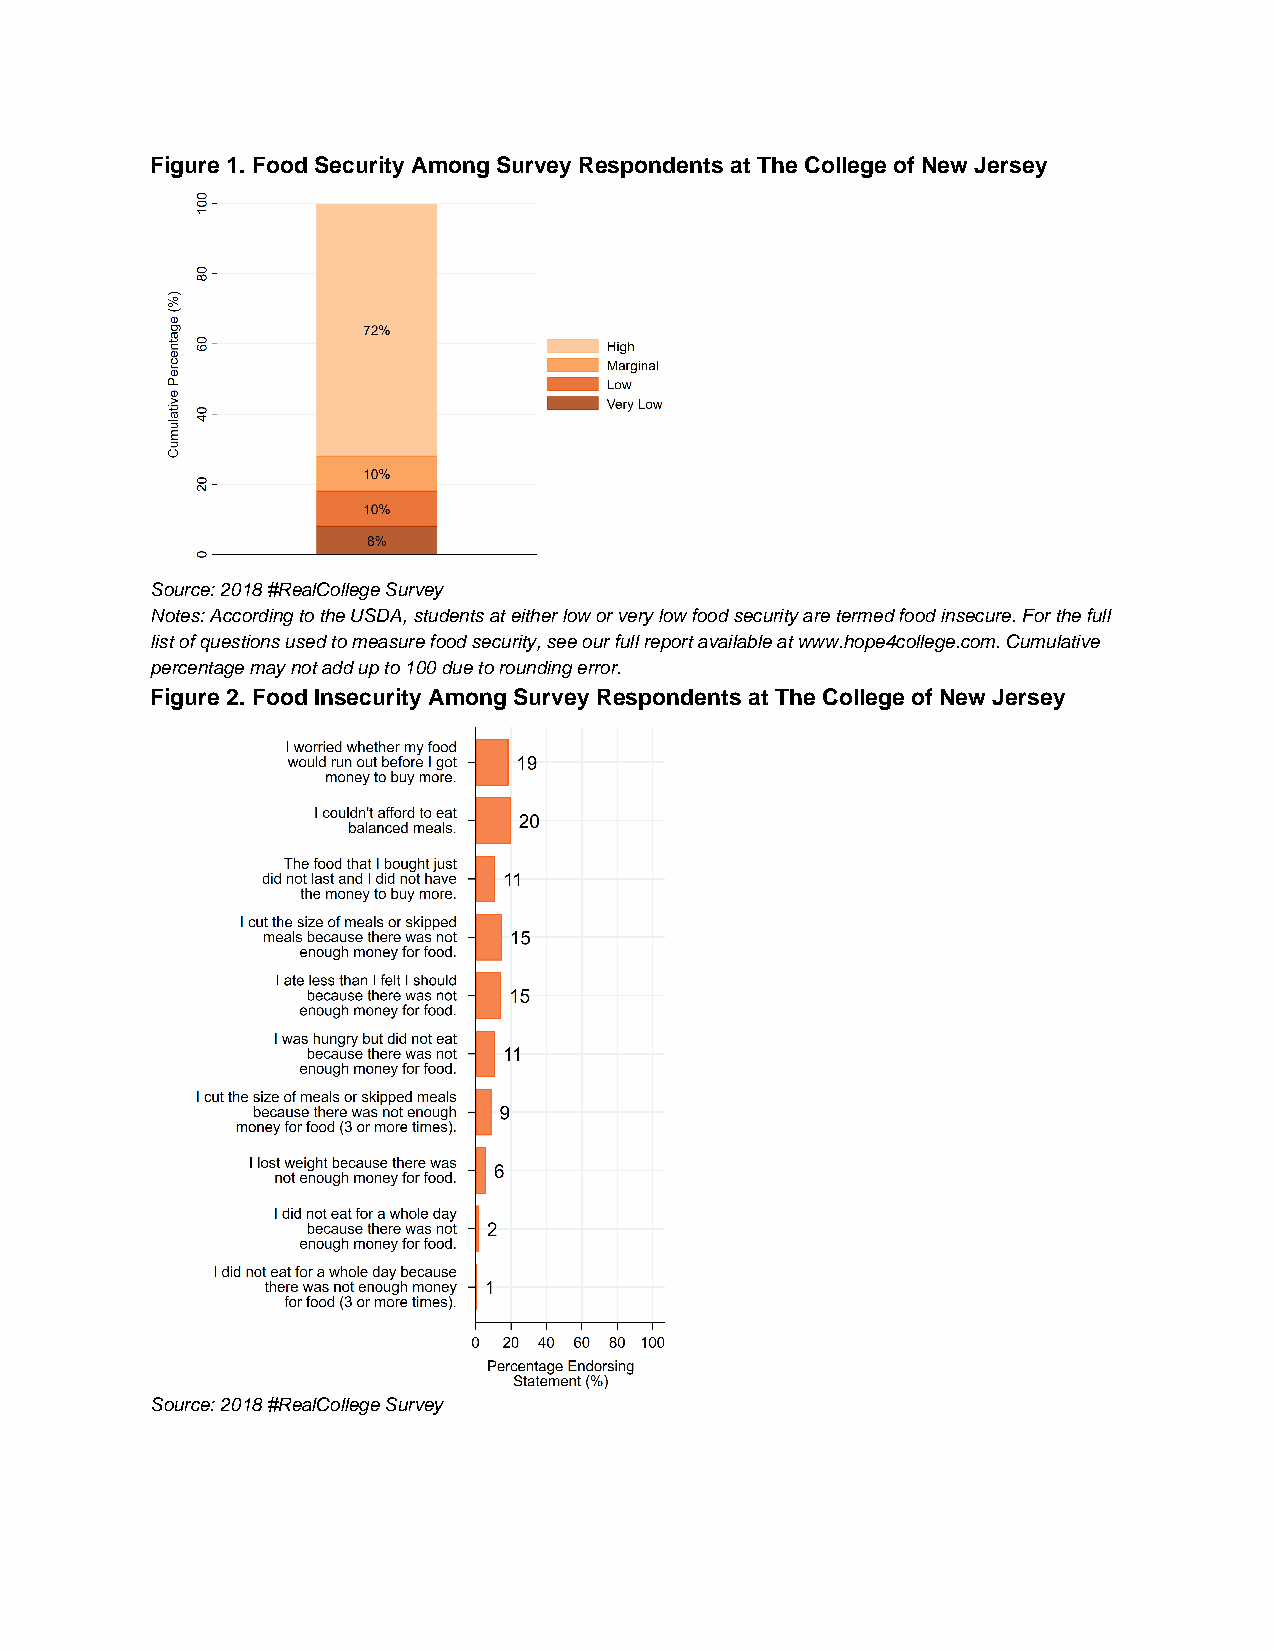
Figure 1. Food Security Among Survey Respondents at The College of New Jersey
 Source: 2018 #RealCollege Survey
 Notes: According to the USDA, students at either low or very low food security are termed food insecure. For the full
 list of questions used to measure food security, see our full report available at www.hope4college.com. Cumulative
 percentage may not add up to 100 due to rounding error.
 Figure 2. Food Insecurity Among Survey Respondents at The College of New Jersey
 Source: 2018 #RealCollege Survey